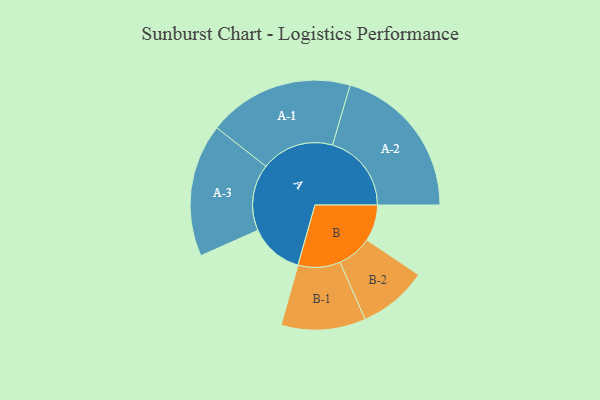
{"axis": {"x": "Segment", "y": "Value"}, "legend": ["", "A", "B"], "data": [{"x": "A", "y": 191, "type": ""}, {"x": "B", "y": 129, "type": ""}, {"x": "A-1", "y": 259, "type": "A"}, {"x": "A-2", "y": 280, "type": "A"}, {"x": "A-3", "y": 236, "type": "A"}, {"x": "B-1", "y": 150, "type": "B"}, {"x": "B-2", "y": 123, "type": "B"}]}